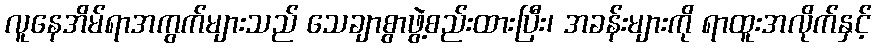
လူနေအိမ်ရာအကွက်များသည် သေချာစွာဖွဲ့စည်းထားပြီး၊ အခန်းများကို ရာထူးအလိုက်နှင့်